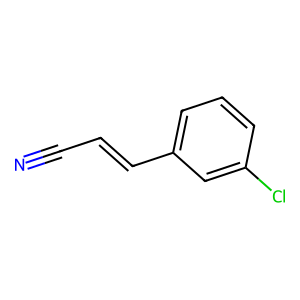
SMILES: N#CC=Cc1cccc(Cl)c1
Inhibits HIV replication: No